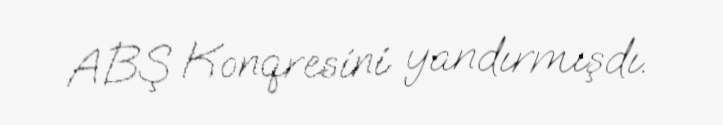
ABŞ Konqresini yandırmışdı.